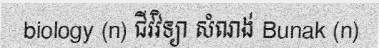
biology (n) ជីវវិទ្យា សំណង់ Bunak (n)